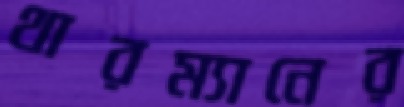
থারম্যানের